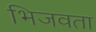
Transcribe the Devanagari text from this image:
भिजवता